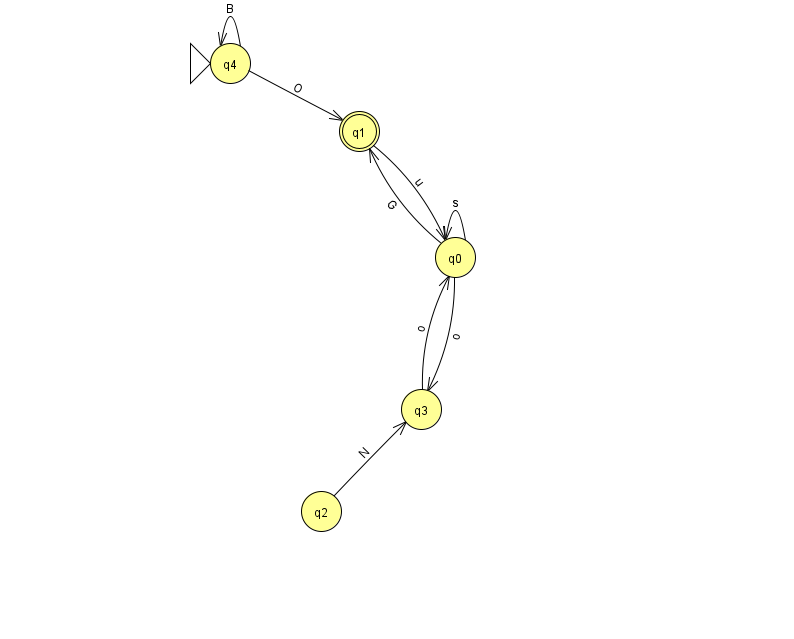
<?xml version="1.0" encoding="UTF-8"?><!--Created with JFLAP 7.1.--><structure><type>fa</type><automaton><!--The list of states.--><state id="0" name="q0"><x>455.0</x><y>244.0</y></state><state id="1" name="q1"><x>359.0</x><y>118.0</y><final/></state><state id="2" name="q2"><x>321.0</x><y>498.0</y></state><state id="3" name="q3"><x>421.0</x><y>396.0</y></state><state id="4" name="q4"><x>230.0</x><y>50.0</y><initial/></state><!--The list of transitions.--><transition><from>4</from><to>4</to><read>B</read></transition><transition><from>0</from><to>0</to><read>s</read></transition><transition><from>4</from><to>1</to><read>O</read></transition><transition><from>2</from><to>3</to><read>N</read></transition><transition><from>0</from><to>1</to><read>G</read></transition><transition><from>1</from><to>0</to><read>u</read></transition><transition><from>0</from><to>3</to><read>o</read></transition><transition><from>3</from><to>0</to><read>o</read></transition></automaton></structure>